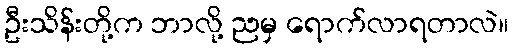
ဦးသိန်းတို့က ဘာလို့ ညမှ ရောက်လာရတာလဲ။